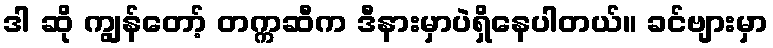
ဒါ ဆို ကျွန်တော့် တက္ကဆီက ဒီနားမှာပဲရှိနေပါတယ်။ ခင်ဗျားမှာ